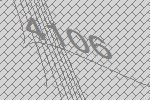
4106